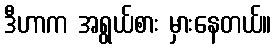
ဒီဟာက အရွယ်စား မှားနေတယ်။